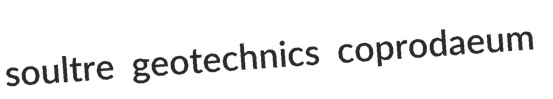
soultre geotechnics coprodaeum